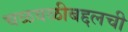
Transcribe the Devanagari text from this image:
चळवळीबद्दलची